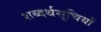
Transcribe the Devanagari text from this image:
शब्दर्थसूचियों